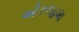
ઓકલહામા